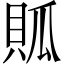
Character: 𧵟